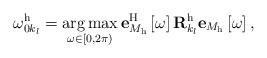
LaTeX: \begin{align*}\omega_{0k_l}^\mathrm{h} = \mathop {\arg\max} \limits_{\omega \in \left[0,2\pi \right)} \mathbf{e}_{M_\mathrm{h}}^\mathrm{H} \left[\omega \right] \mathbf{R}_{k_l}^\mathrm{h} \mathbf{e}_{M_\mathrm{h}}\left[\omega \right],\end{align*}